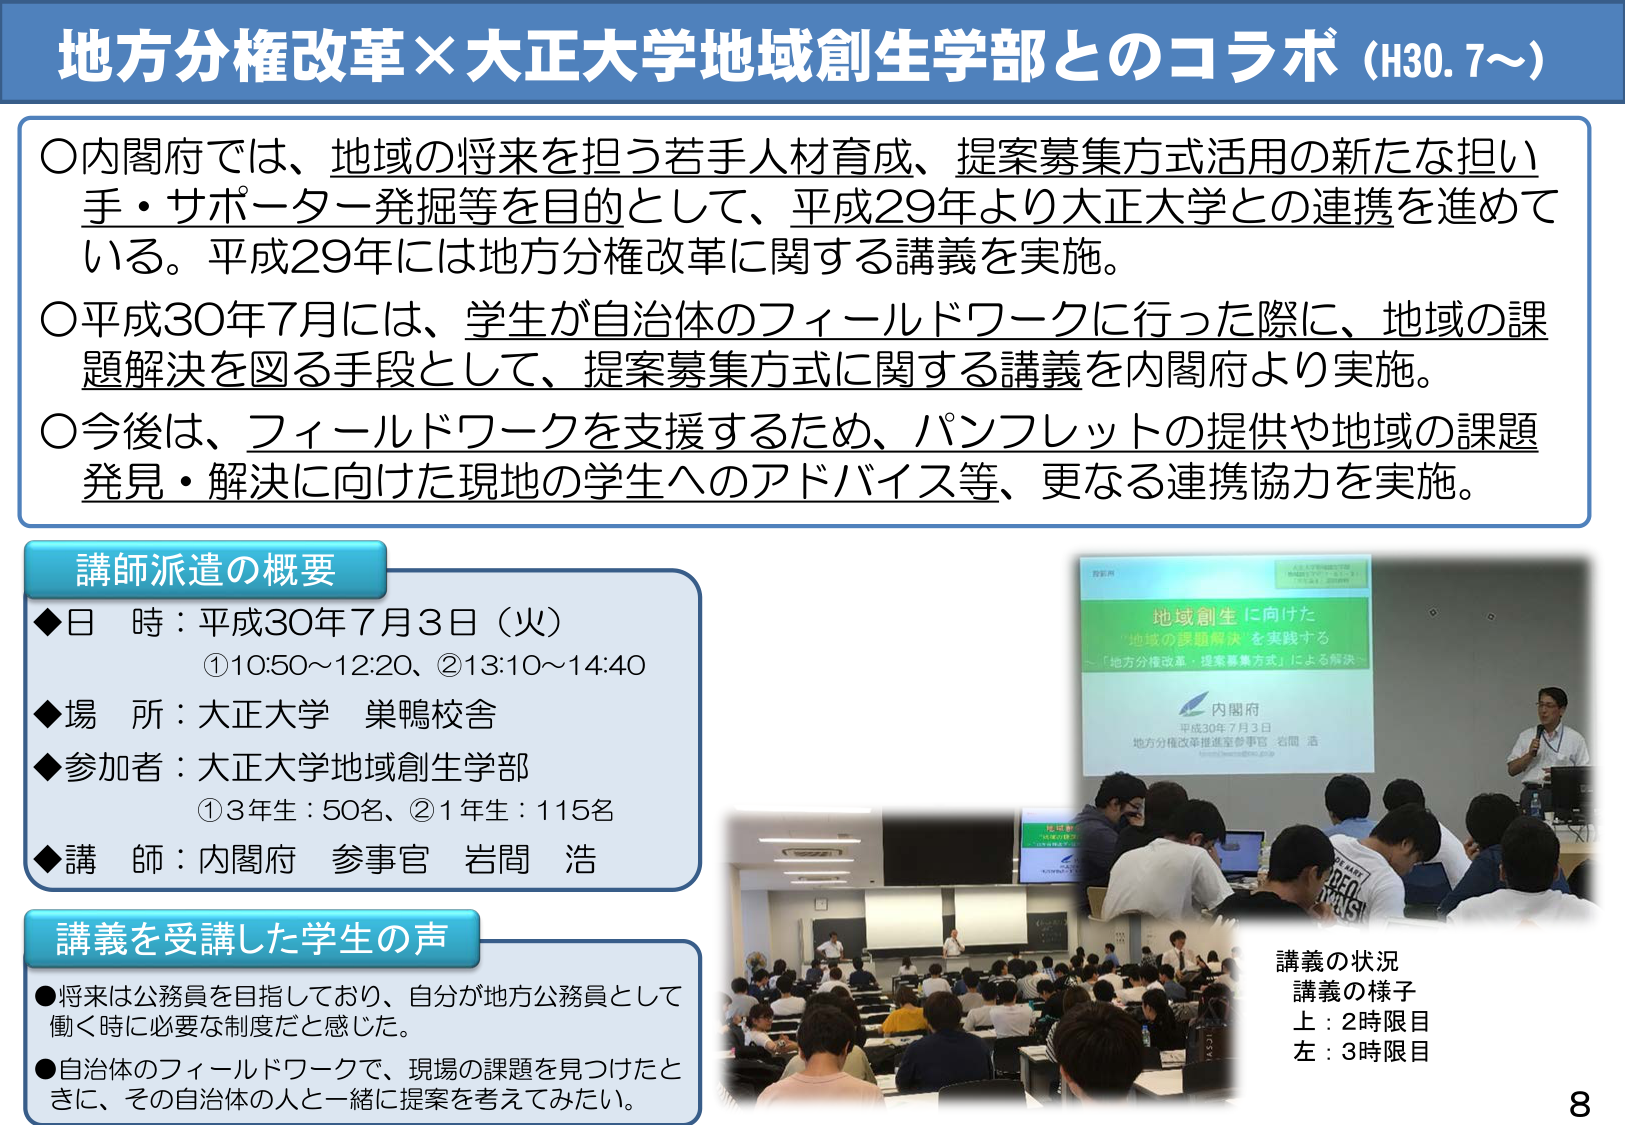
地方分権改革×大正大学地域創生学部とのコラボ（H30.7～）

○内閣府では、地域の将来を担う若手人材育成、提案募集方式活用の新たな担い手・サポーター発掘等を目的として、平成29年より大正大学との連携を進めている。平成29年には地方分権改革に関する講義を実施。

○平成30年7月には、学生が自治体のフィールドワークに行った際に、地域の課題解決を図る手段として、提案募集方式に関する講義を内閣府より実施。

○今後は、フィールドワークを支援するため、パンフレットの提供や地域の課題発見・解決に向けた現地の学生へのアドバイス等、更なる連携協力を実施。

講師派遣の概要
◆日 時：平成30年7月3日（火）
　①10:50～12:20、②13:10～14:40
◆場 所：大正大学 巣鴨校舎
◆参加者：大正大学地域創生学部
　①3年生：50名、②1年生：115名
◆講 師：内閣府 参事官 岩間 浩

講義を受講した学生の声
●将来は公務員を目指しており、自分が地方公務員として働く時に必要な制度だと感じた。
●自治体のフィールドワークで、現場の課題を見つけたときに、その自治体の人と一緒に提案を考えてみたい。

講義の状況
講義の様子
上：2時限目
左：3時限目

地域創生に向けた
「地域の課題解決」を実践する
～「地方分権改革・提案募集方式」による解決～

内閣府
平成30年7月3日
地方分権改革推進室参事官 岩間 浩

8